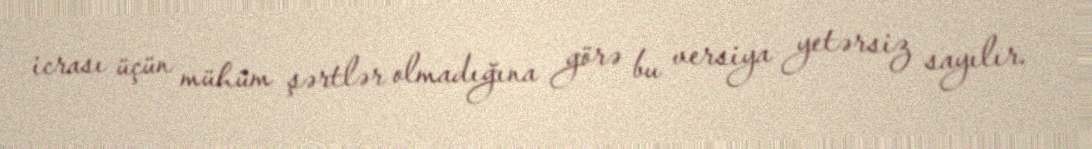
icrası üçün mühüm şərtlər olmadığına görə bu versiya yetərsiz sayılır.